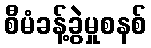
စီမံခန့်ခွဲမှုစနစ်